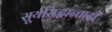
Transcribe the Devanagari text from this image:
सूर्यसिद्धान्तादी